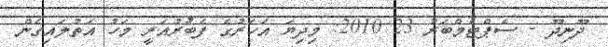
ދޫނިދޫ - ސެޕްޓެމްބަރު 23 2010: މިދިޔަ އަހަރުގެ ފެބުރުއަރީ މަހު އަތުލައިގެން